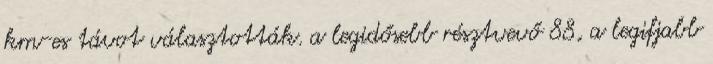
km-es távot választották. a legidősebb résztvevő 88, a legifjabb